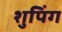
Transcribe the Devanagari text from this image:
शुपिंग